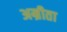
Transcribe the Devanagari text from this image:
अम्रीता